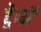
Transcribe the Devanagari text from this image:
ट्रेनोँ